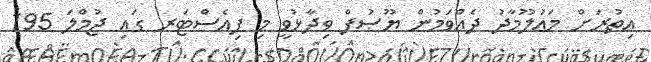
އިތުރަށް މަޢުލޫމާދު ދެއްވަމުން ޔޫޞުފް ވިދާޅުވީ މި ފިއެސްޓަރ ގައި ޖުމްލަ 195